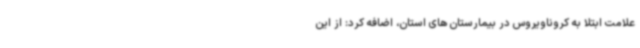
علامت ابتلا به کروناویروس در بیمارستان های استان، اضافه کرد: از این